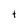
Character: t